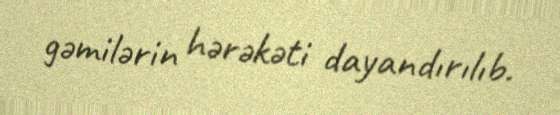
gəmilərin hərəkəti dayandırılıb.